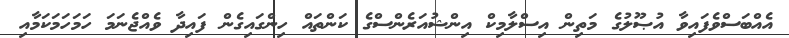
އެއްބަސްވެފައިވާ އުޞޫލުގެ މަތިން އިސްލާމިކް އިންޝުއަރެންސްގެ ކަންތައް ހިންގައިގެން ފައިދާ ވެއްޖެނަމަ ހަމަހަމަކަމާއި